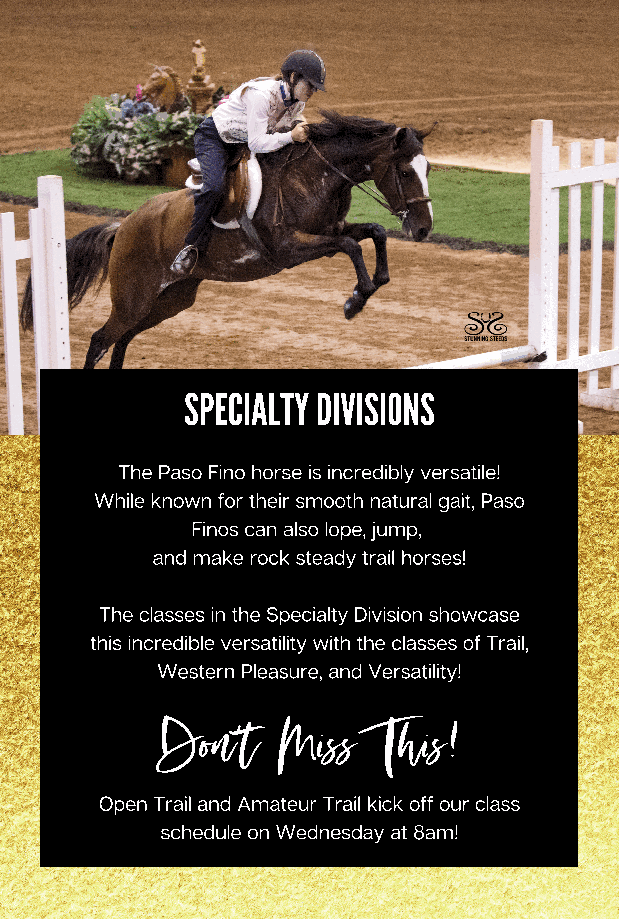
SPECIALTY DIVISIONS
 The Paso Fino horse is incredibly versatile!
 While known for their smooth natural gait, Paso
 Finos can also lope, jump,
 and make rock steady trail horses!
 The classes in the Specialty Division showcase
 this incredible versatility with the classes of Trail,
 Western Pleasure, and Versatility!
 Don't  Miss   This!
 Open Trail and Amateur Trail kick off our class
 schedule on Wednesday at 8am!